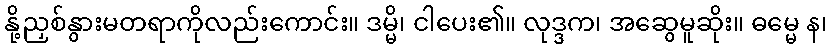
နို့ညှစ်နွားမတရာကိုလည်းကောင်း။ ဒမ္မိ၊ ငါပေး၏။ လုဒ္ဒက၊ အဆွေမူဆိုး။ ဓမ္မေ န၊